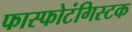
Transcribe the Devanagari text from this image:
फास्फोटंगिस्टक